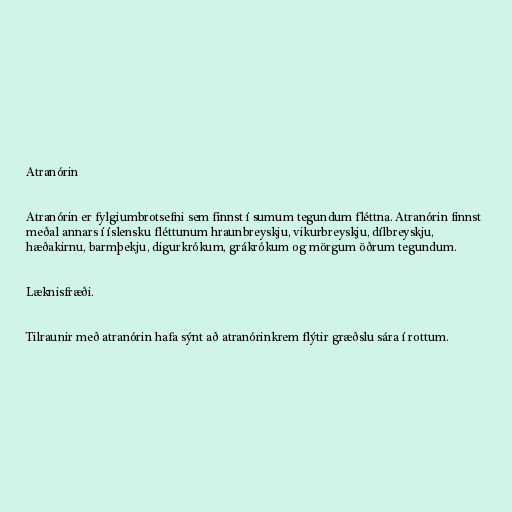
Atranórin

Atranórin er fylgiumbrotsefni sem finnst í sumum tegundum fléttna. Atranórin finnst
meðal annars í íslensku fléttunum hraunbreyskju, vikurbreyskju, dílbreyskju,
hæðakirnu, barmþekju, digurkrókum, grákrókum og mörgum öðrum tegundum.

Læknisfræði.

Tilraunir með atranórin hafa sýnt að atranórinkrem flýtir græðslu sára í rottum.